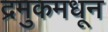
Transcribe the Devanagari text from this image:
द्रमुकमधून